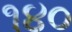
૧૪૦